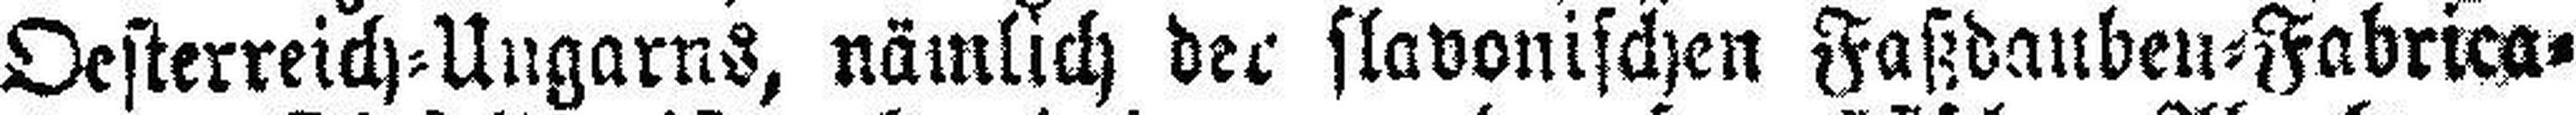
Oesterreich=Ungarns, nämlich der flavonischen Faßdauben=Fabrica¬